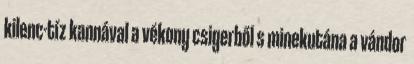
kilenc-tíz kannával a vékony csigerből s minekutána a vándor